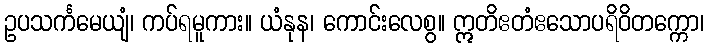
ဥပသင်္ကမေယျံ၊ ကပ်ရမူကား။ ယံနုန၊ ကောင်းလေစွ။ ဣတိဧတံဧသောပရိဝိတက္ကော၊